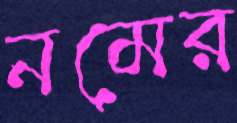
নমের